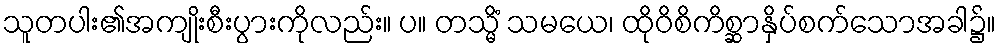
သူတပါး၏အကျိုးစီးပွားကိုလည်း။ ပ။ တသ္မိံ သမယေ၊ ထိုဝိစိကိစ္ဆာနှိပ်စက်သောအခါ၌။